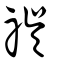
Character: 祦